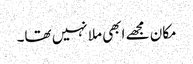
مکان مجھے ابھی ملا نہیں تھا۔